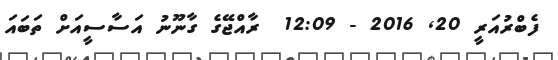
ފެބްރުއަރީ 20